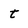
Character: t